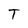
Character: T